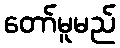
တော်မူမည်